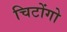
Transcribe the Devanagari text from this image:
चिटोंगो